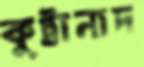
কুট্টানাদ